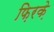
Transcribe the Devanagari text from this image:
फ़िरके़